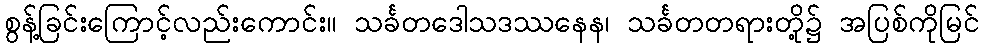
စွန့်ခြင်းကြောင့်လည်းကောင်း။ သင်္ခတဒေါသဒဿနေန၊ သင်္ခတတရားတို့၌ အပြစ်ကိုမြင်